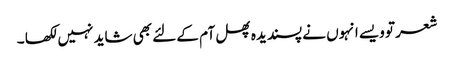
شعر تو ویسے انہوں نے پسندیدہ پھل آم کے لئے بھی شاید نہیں لکھا ۔